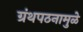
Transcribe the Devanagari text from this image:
ग्रंथपठनामुळे